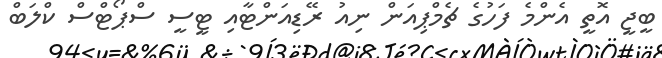
ބީޖީ އޮތީ އެންމެ ފަހުގެ ޗެމްޕިއަން ނިއު ރޭޑިއަންޓާއި ޓީސީ ސްޕޯޓްސް ކްލަބް